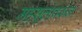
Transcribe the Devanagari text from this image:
महसूलावरून